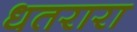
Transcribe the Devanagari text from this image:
धतरारा